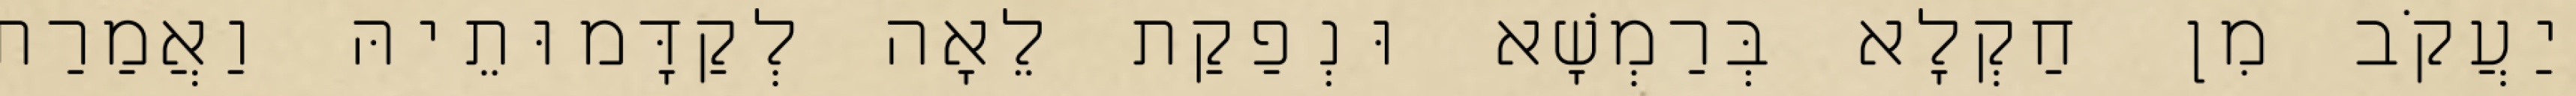
יַעֲקֹב מִן חַקְלָא בְּרַמְשָׁא וּנְפַקַת לֵאָה לְקַדָּמוּתֵיהּ וַאֲמַרַת